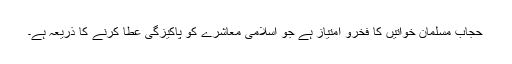
حجاب مسلمان خواتیں کا فخرو امتیاز ہے جو اسلامی معاشرے کو پاکیزگی عطا کرنے کا ذریعہ ہے۔